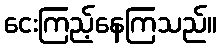
ငေးကြည့်နေကြသည်။